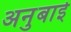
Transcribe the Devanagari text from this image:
अनुबाई